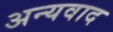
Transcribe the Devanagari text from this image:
अन्यवाद